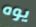
يوه